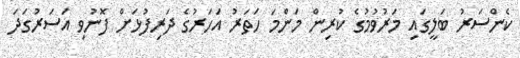
ކެންސަރު ބަލީގައި މަރުވުމުގެ ކުރިން މަންމަ ހަތަރު އަހަރުގެ ދަރިފުޅަށް ފޮނުވި އަސަރުގަދަ